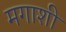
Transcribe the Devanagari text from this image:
मगाशी